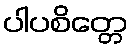
ပါပစိတ္တေ